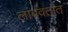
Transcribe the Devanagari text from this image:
लांबवतात